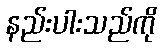
နည်းပါးသည်ကို